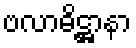
ဗလာဓိဋ္ဌာနာ